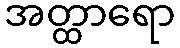
အတ္ထာရော